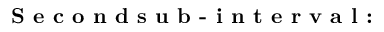
\textbf { S e c o n d s u b - i n t e r v a l : }